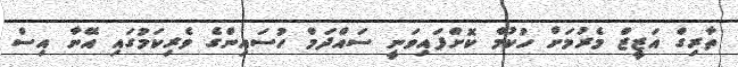
ތާރިގް އަޒީޒް މެރުމަށް ހުކުމް ކޮށްފައިވަނީ ސައްދަމް ހުސައިންގެ ވެރިކަމުގައި އޭނާ އިސް